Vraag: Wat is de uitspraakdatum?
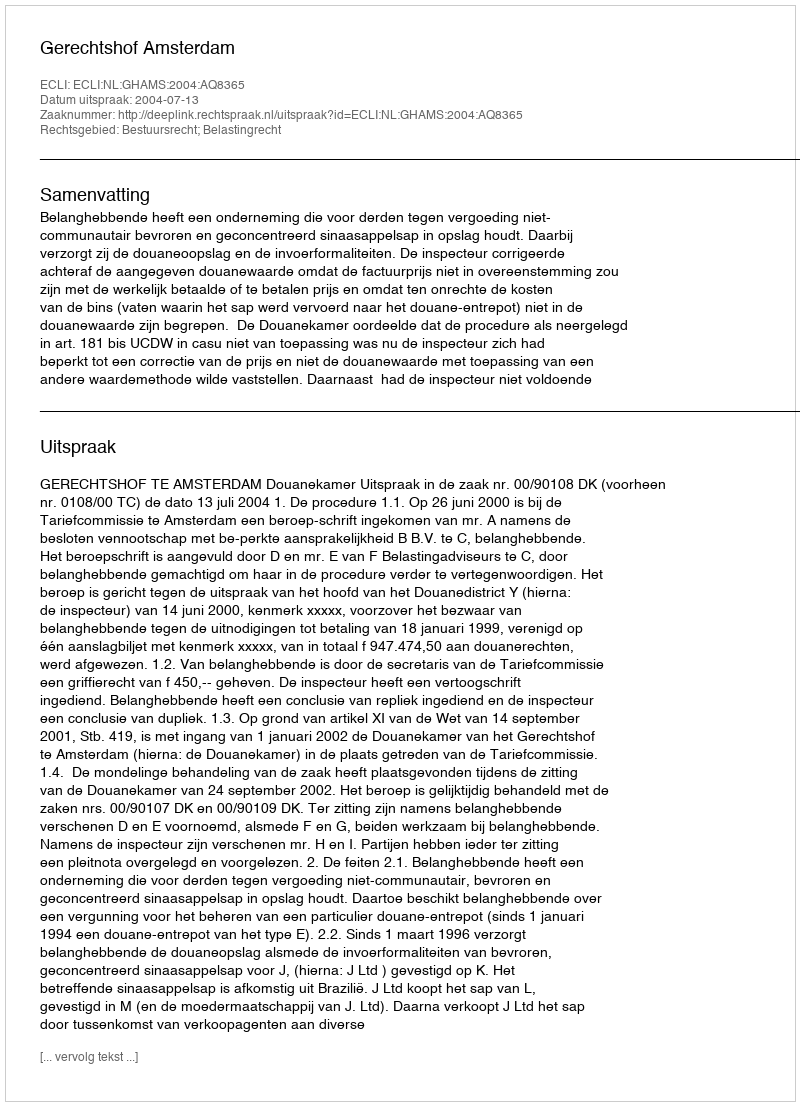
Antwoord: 2004-07-13